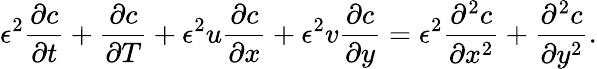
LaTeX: \epsilon^{2}\frac{\partial c}{\partial t}+\frac{\partial c}{\partial T}+\epsilon^{2}u\frac{\partial c}{\partial x}+\epsilon^{2}v\frac{\partial c}{\partial y}=\epsilon^{2}\frac{\partial^{2}c}{\partial x^{2}}+\frac{\partial^{2}c}{\partial y^{2}}.